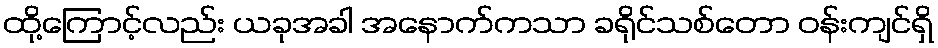
ထို့ကြောင့်လည်း ယခုအခါ အနောက်ကသာ ခရိုင်သစ်တော ဝန်းကျင်ရှိ